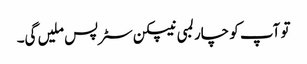
تو آپ کو چار لمبی نیپکن سٹرپس ملیں گی۔